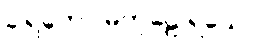
ခါရကော မကုဠေ ရသေ။